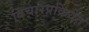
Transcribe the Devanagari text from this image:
विचारप्रक्रियेत